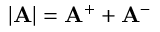
| \mathbf { A } | = \mathbf { A } ^ { + } + \mathbf { A } ^ { - }